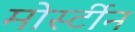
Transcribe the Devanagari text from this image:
मोर्स्टीन